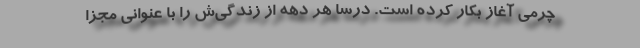
چرمی آغاز بکار کرده است. درسا هر دهه از زندگی‌ش را با عنوانی مجزا